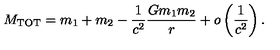
M _ { \mathrm { T O T } } = m _ { 1 } + m _ { 2 } - \frac { 1 } { c ^ { 2 } } \frac { G m _ { 1 } m _ { 2 } } { r } + o \left( \frac { 1 } { c ^ { 2 } } \right) .